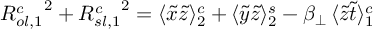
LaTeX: { R _ { o l , 1 } ^ { c } } ^ { 2 } + { R _ { s l , 1 } ^ { c } } ^ { 2 } = \langle \tilde { x } \tilde { z } \rangle _ { 2 } ^ { c } + \langle \tilde { y } \tilde { z } \rangle _ { 2 } ^ { s } - \beta _ { \perp } \, \langle \tilde { z } \tilde { t } \rangle _ { 1 } ^ { c }